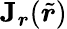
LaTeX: \mathbf{J}_{\boldsymbol{r}}(\tilde{\boldsymbol{r}})